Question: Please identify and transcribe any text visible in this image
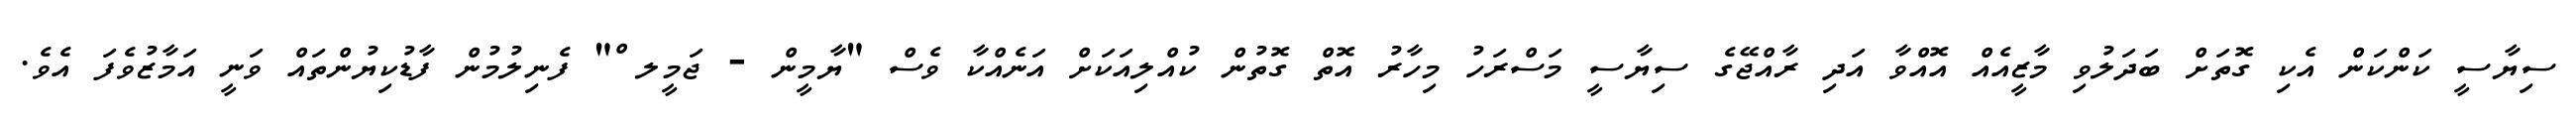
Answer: ސިޔާސީ ކަންކަން އެކި ގޮތަށް ބަދަލުވި މާޒީއެއް އޮއްވާ އަދި ރާއްޖޭގެ ސިޔާސީ މަސްރަހު މިހާރު އޮތް ގޮތުން ކުއްލިއަކަށް އަނެއްކާ ވެސް "ޔާމީން - ޖަމީލ ް" ފެނިލުމުން ފާޑުކިޔުންތައް ވަނީ އަމާޒުވެފަ އެވެ.